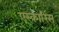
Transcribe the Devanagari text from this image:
एस्कारिस